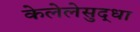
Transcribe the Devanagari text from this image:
केलेलेसुद्धा